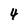
Character: 4